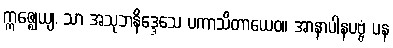
ဣဇ္ဈေယျ, သာ အသုဘနိဒ္ဒေသေ ပကာသိတာယေဝ။ အာနာပါနပဗ္ဗံ ပန